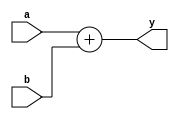

// Module Adder 
//  Somador de 4 bits
// *teste: Waveform4


module Adder(input  wire [31:0] a,
			    input  wire [31:0] b,
             output wire [31:0] y);

  assign y = a + b;

endmodule